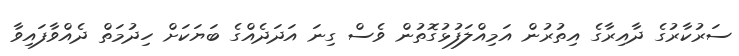
ސަރުކާރުގެ ދާއިރާގެ އިތުރުން އަމިއްލަފުޅުގޮތުން ވެސް ގިނަ އަދަދެއްގެ ބަޔަކަށް ހިދުމަތް ދެއްވާފައިވާ